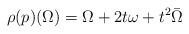
LaTeX: \begin{align*}\rho(p)(\Omega)= \Omega+ 2t \omega + t^2 \bar\Omega\end{align*}